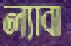
ল্যাবা